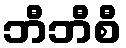
ဘီဘီစီ